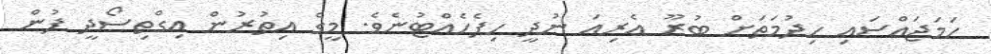
ހަމަޖައްސައި ހިދުމަތަށް ބުރޫ އެރިއަ ނުދީ ހިފެހެއްޓުނެވެ. މީގެ އިތުރުން އިގްތިސޯދީ ފުން